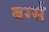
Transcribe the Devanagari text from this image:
बर्ग्स